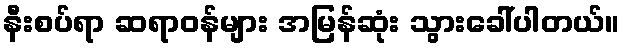
နီးစပ်ရာ ဆရာဝန်များ အမြန်ဆုံး သွားခေါ်ပါတယ်။